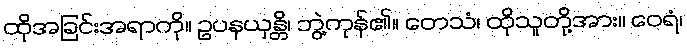
ထိုအခြင်းအရာကို။ ဥပနယှန္တိ၊ ဘွဲ့ကုန်၏။ တေသံ၊ ထိုသူတို့အား။ ဝေရံ၊